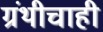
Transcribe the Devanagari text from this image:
ग्रंथीचाही